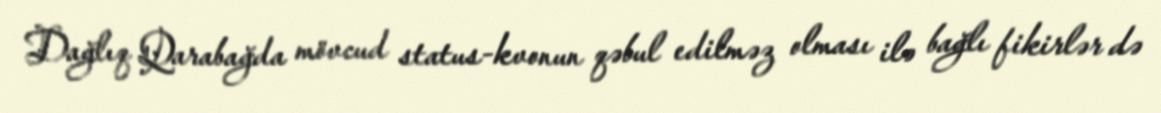
Dağlıq Qarabağda mövcud status-kvonun qəbul edilməz olması ilə bağlı fikirlər də